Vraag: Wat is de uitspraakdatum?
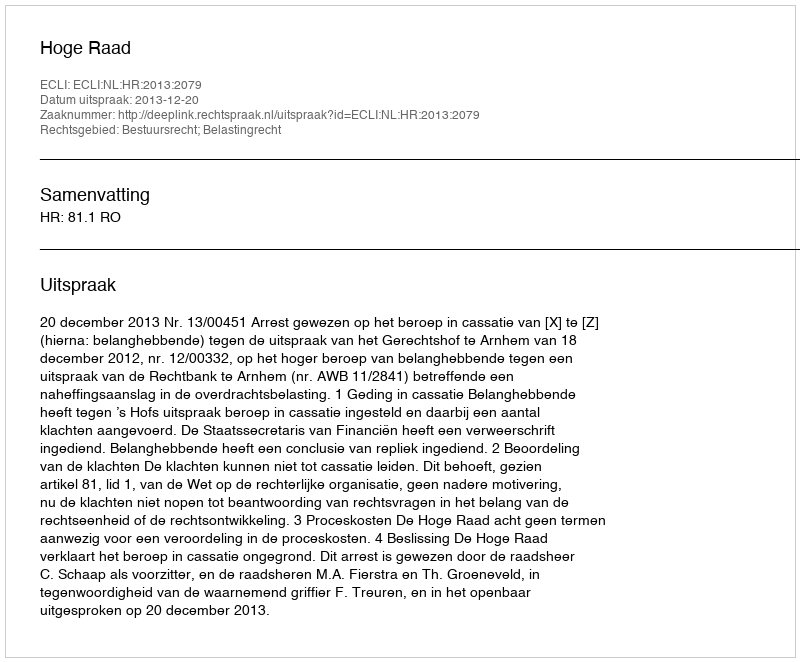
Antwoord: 2013-12-20